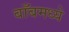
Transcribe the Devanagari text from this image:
बाँबमध्ये